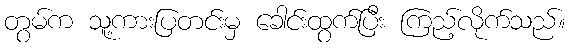
တွမ်က သူ့ကားပြတင်းမှ ခေါင်းထွက်ပြီး ကြည့်လိုက်သည်။